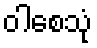
ဝါစေသုံ